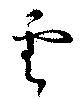
雲